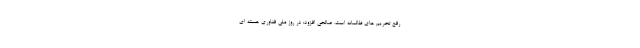
رفع تحریم های ظالمانه است. صالحی افزود: در روز ملی فناوری هسته ای